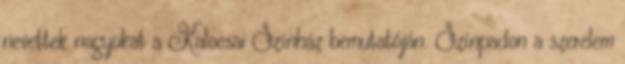
nevettek nagyokat a Kalocsai Színház bemutatóján. Színpadon a szerelem